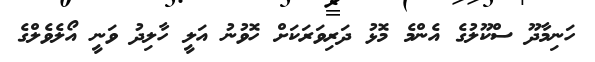
ހަނިމާދޫ ސްކޫލުގެ އެންމެ މޮޅު ދަރިވަރަކަށް ހޮވުނު އަލީ ހާލިދު ވަނީ އޯލެވެލްގެ